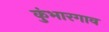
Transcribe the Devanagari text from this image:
कुंभारगाव